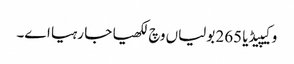
وکیپیڈیا 265 بولیاں وچ لکھیا جا رہیا اے۔